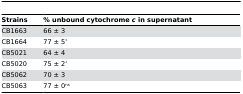
<table><thead><tr><td><b>Strains</b></td><td><b>% unbound cytochrome <i>c</i> in supernatant</b></td></tr></thead><tbody><tr><td>CB1663</td><td>66 ± 3</td></tr><tr><td>CB1664</td><td>77 ± 5<sup>*</sup></td></tr><tr><td>CB5021</td><td>64 ± 4</td></tr><tr><td>CB5020</td><td>75 ± 2<sup>*</sup></td></tr><tr><td>CB5062</td><td>70 ± 3</td></tr><tr><td>CB5063</td><td>77 ± 0<sup>ns</sup></td></tr></tbody></table>